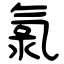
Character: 氯